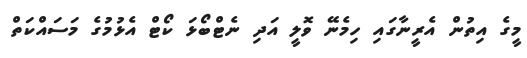
މީގެ އިތުން އެރީނާގައި ހިމެނޭ ވޮލީ އަދި ނެޓްބޯޅަ ކޯޓް އެޅުމުގެ މަސައްކަތް